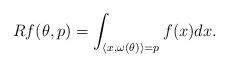
LaTeX: \begin{align*}Rf(\theta,p)=\int_{\langle x,\omega(\theta)\rangle=p} f(x)dx.\end{align*}